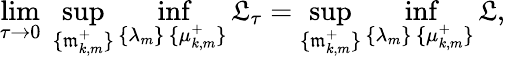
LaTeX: \operatorname*{lim}_{\tau\to 0}\; \operatorname*{sup}_{\{ \mathfrak{m}_{k,m}^{+}\} }\operatorname*{inf}_{\substack{\{ \lambda_{m}\} \, \{ \mu_{k,m}^{+}\} }}\mathfrak{L}_{\tau}=\operatorname*{sup}_{\{ \mathfrak{m}_{k,m}^{+}\} }\operatorname*{inf}_{\substack{\{ \lambda_{m}\} \, \{ \mu_{k,m}^{+}\} }}\mathfrak{L},